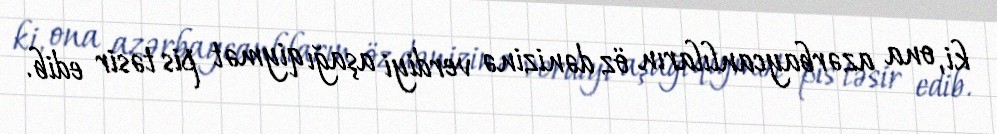
ki, ona azərbaycanlıların öz dənizinə verdiyi aşağı qiymət pis təsir edib.